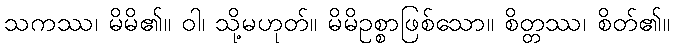
သကဿ၊ မိမိ၏။ ဝါ၊ သို့မဟုတ်။ မိမိဥစ္စာဖြစ်သော။ စိတ္တဿ၊ စိတ်၏။